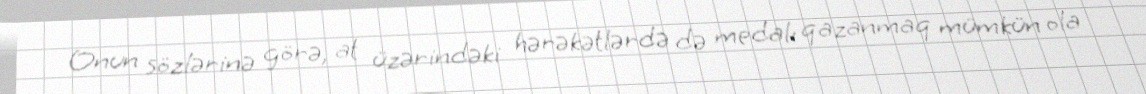
Onun sözlərinə görə, at üzərindəki hərəkətlərdə də medalı qazanmaq mümkün ola